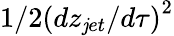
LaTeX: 1/2\left(dz_{\mathit{j}et}/d\tau\right)^{2}